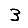
Digit: 3